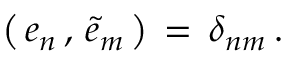
\left( \, e _ { n } \, , \, \tilde { e } _ { m } \, \right) \, = \, \delta _ { n m } \, .